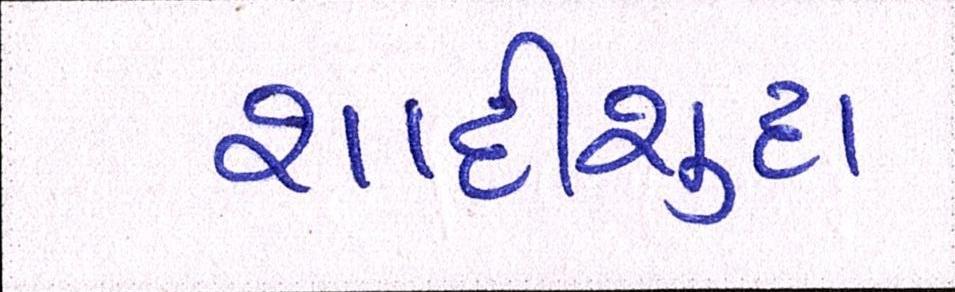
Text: શાદીશુદા